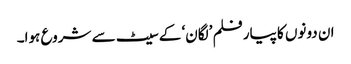
ان دونوں کا پیارفلم ’لگان‘ کے سیٹ سے شروع ہوا۔